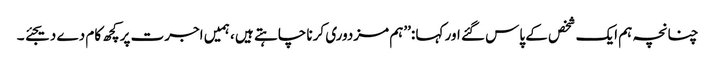
چنانچہ ہم ایک شخص کے پاس گئے اور کہا :’’ہم مزدوری کرنا چاہتے ہیں ، ہمیں اجرت پرکچھ کام دے دیجئے ۔